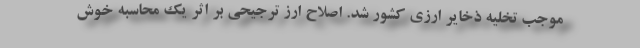
موجب تخلیه ذخایر ارزی کشور شد. اصلاح ارز ترجیحی بر اثر یک محاسبه خوش